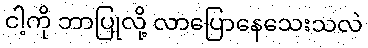
ငါ့ကို ဘာပြုလို့ လာပြောနေသေးသလဲ